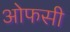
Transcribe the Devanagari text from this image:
ओफसी